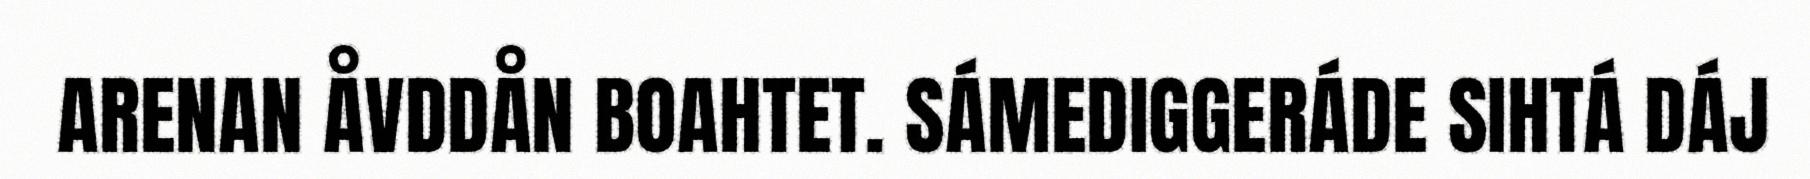
ARENAN ÅVDDÅN BOAHTET. SÁMEDIGGERÁDE SIHTÁ DÁJ